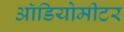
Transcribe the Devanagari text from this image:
ऑडियोमीटर